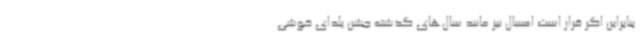
بنابراین اگر قرار است امسال نیز مانند سال‌های گذشته جشن یلدای خوشی